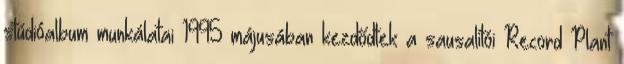
stúdióalbum munkálatai 1995 májusában kezdődtek a sausalitói Record Plant